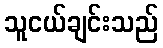
သူငယ်ချင်းသည်